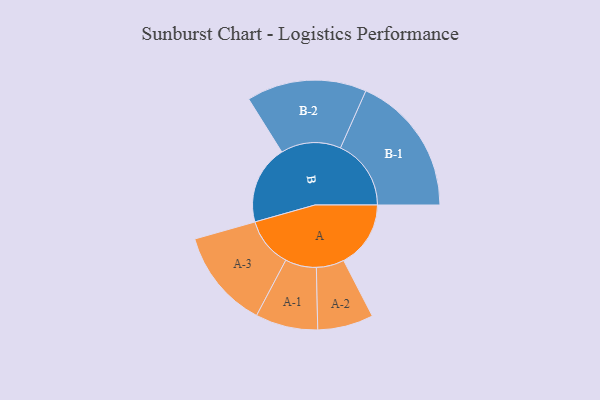
{"axis": {"x": "Segment", "y": "Value"}, "legend": ["", "A", "B"], "data": [{"x": "A", "y": 284, "type": ""}, {"x": "B", "y": 334, "type": ""}, {"x": "A-1", "y": 132, "type": "A"}, {"x": "A-2", "y": 118, "type": "A"}, {"x": "A-3", "y": 210, "type": "A"}, {"x": "B-1", "y": 299, "type": "B"}, {"x": "B-2", "y": 254, "type": "B"}]}